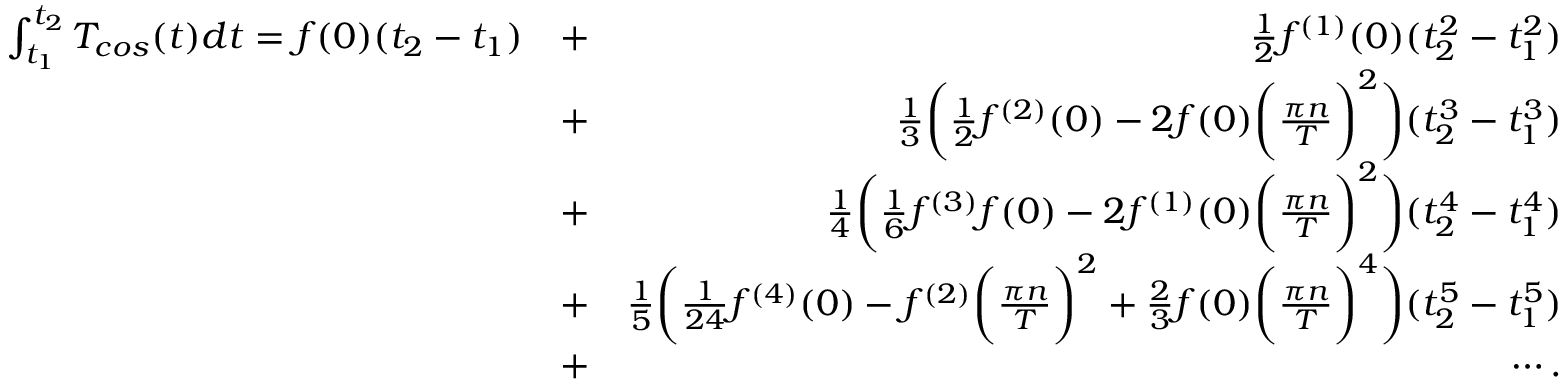
\begin{array} { r l r } { \int _ { t _ { 1 } } ^ { t _ { 2 } } T _ { c o s } ( t ) d t = f ( 0 ) ( t _ { 2 } - t _ { 1 } ) } & { + } & { \frac { 1 } { 2 } f ^ { ( 1 ) } ( 0 ) ( t _ { 2 } ^ { 2 } - t _ { 1 } ^ { 2 } ) } \\ & { + } & { \frac { 1 } { 3 } \bigg ( \frac { 1 } { 2 } f ^ { ( 2 ) } ( 0 ) - 2 f ( 0 ) \bigg ( \frac { \pi n } { T } \bigg ) ^ { 2 } \bigg ) ( t _ { 2 } ^ { 3 } - t _ { 1 } ^ { 3 } ) } \\ & { + } & { \frac { 1 } { 4 } \bigg ( \frac { 1 } { 6 } f ^ { ( 3 ) } f ( 0 ) - 2 f ^ { ( 1 ) } ( 0 ) \bigg ( \frac { \pi n } { T } \bigg ) ^ { 2 } \bigg ) ( t _ { 2 } ^ { 4 } - t _ { 1 } ^ { 4 } ) } \\ & { + } & { \frac { 1 } { 5 } \bigg ( \frac { 1 } { 2 4 } f ^ { ( 4 ) } ( 0 ) - f ^ { ( 2 ) } \bigg ( \frac { \pi n } { T } \bigg ) ^ { 2 } + \frac { 2 } { 3 } f ( 0 ) \bigg ( \frac { \pi n } { T } \bigg ) ^ { 4 } \bigg ) ( t _ { 2 } ^ { 5 } - t _ { 1 } ^ { 5 } ) } \\ & { + } & { \cdots . } \end{array}